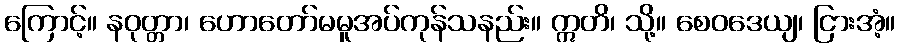
ကြောင့်။ နဝုတ္တာ၊ ဟောတော်မမူအပ်ကုန်သနည်း။ ဣတိ၊ သို့။ စေဝဒေယျ၊ ငြားအံ့။